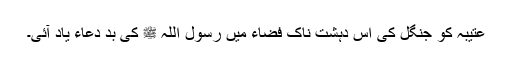
عتیبہ کو جنگل کی اس دہشت ناک فضاء میں رسول اللہ ﷺ کی بد دعاء یاد آئی۔